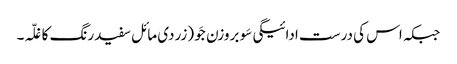
جبکہ اس کی درست ادائیگی سَو بروزن جَو (زردی مائل سفیدرنگ کا غلّہ۔